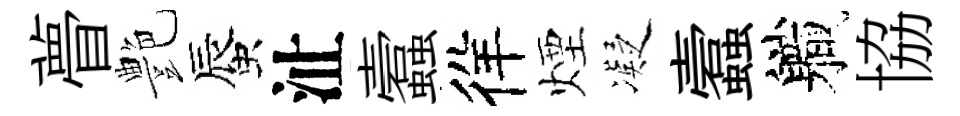
瞢艶蜃沚蠧徉煙凝蠧軄協